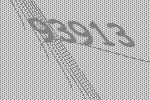
93913